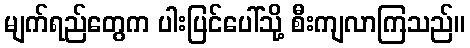
မျက်ရည်တွေက ပါးပြင်ပေါ်သို့ စီးကျလာကြသည်။